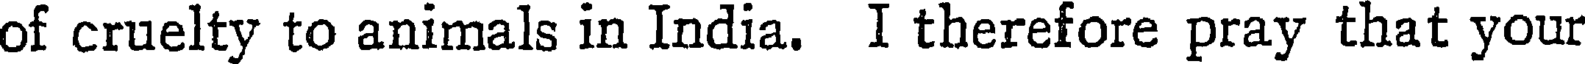
of cruelty to animals in India. I therefore pray that your